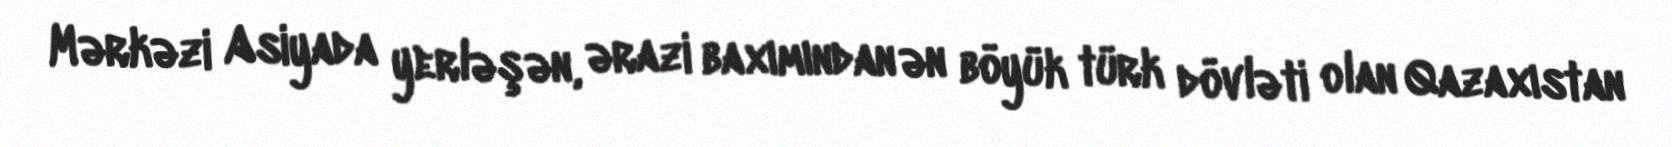
Mərkəzi Asiyada yerləşən, ərazi baxımından ən böyük türk dövləti olan Qazaxıstan